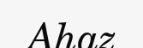
Ahaz